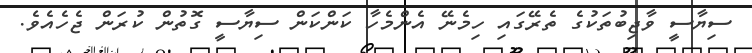
ސިޔާސީ ވާޖިބުތަކުގެ ތެރޭގައި ހިމެނޭ އެންމެހާ ކަންކަން ސިޔާސީ ގޮތުން ކުރަން ޖެހެއެވެ.